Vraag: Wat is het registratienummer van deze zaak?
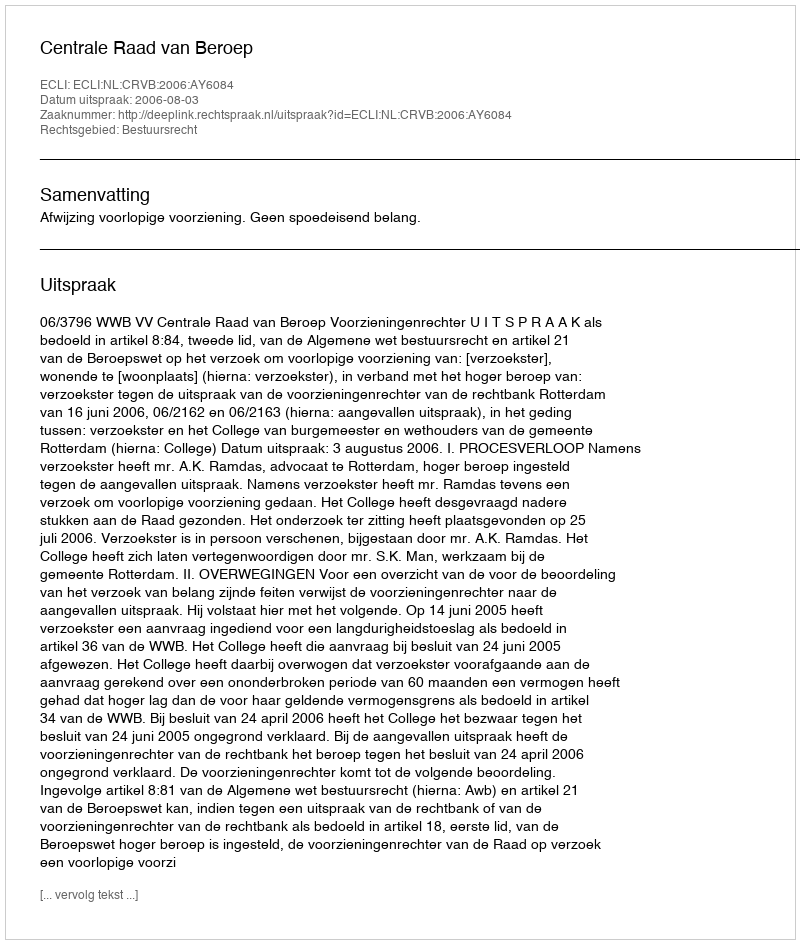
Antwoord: http://deeplink.rechtspraak.nl/uitspraak?id=ECLI:NL:CRVB:2006:AY6084